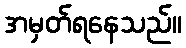
အမှတ်ရနေသည်။